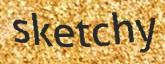
sketchy